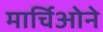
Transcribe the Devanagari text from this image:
मार्चिओने